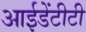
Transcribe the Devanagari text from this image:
आईडेंटीटी